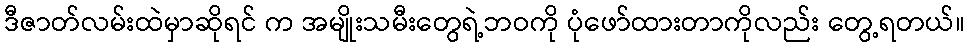
ဒီဇာတ်လမ်းထဲမှာဆိုရင် က အမျိုးသမီးတွေရဲ့ဘဝကို ပုံဖော်ထားတာကိုလည်း တွေ့ရတယ်။